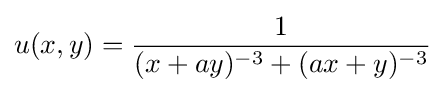
u(x,y)={\frac {1}{(x+ay)^{-3}+(ax+y)^{-3}}}